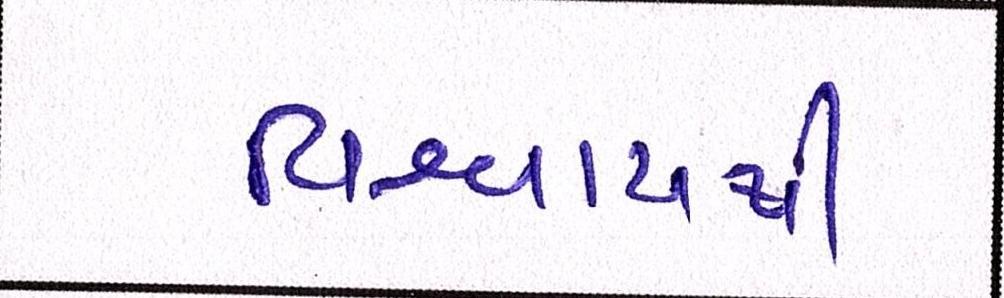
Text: વિશ્વાસથી